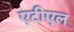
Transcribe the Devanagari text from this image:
एटीएल